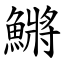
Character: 鱂